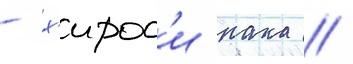
- х'ирос'и нака //